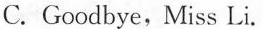
C.Goodbye,Miss Li.